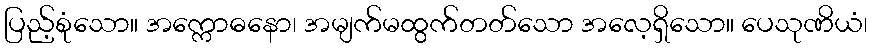
ပြည့်စုံသော။ အက္ကောဓနော၊ အမျက်မထွက်တတ်သော အလေ့ရှိသော။ ပေသုဏိယံ၊